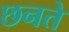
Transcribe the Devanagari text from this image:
छनते